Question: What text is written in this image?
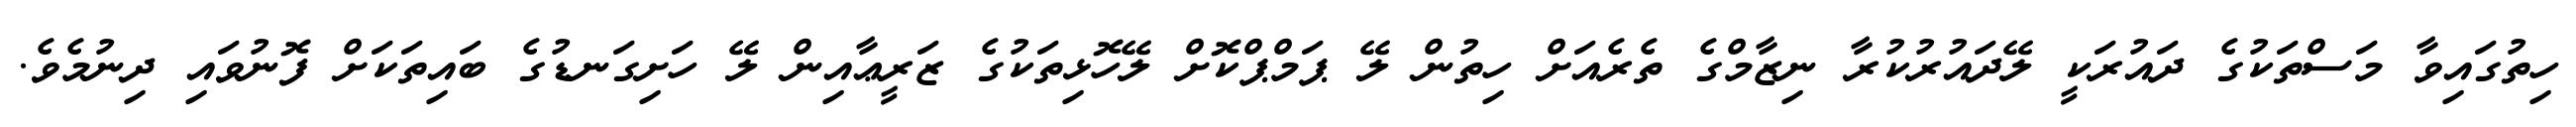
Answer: ހިތުގައިވާ މަސްތަކުގެ ދައުރަކީ ލޭދައުރުކުރާ ނިޒާމްގެ ތެރެއަށް ހިތުން ލޭ ޕަމްޕްކޮށް ލޭހޮޅިތަކުގެ ޒަރީޢާއިން ލޭ ހަށިގަނޑުގެ ބައިތަކަށް ފޮނުވައި ދިނުމެވެ.